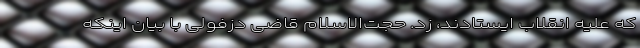
که علیه انقلاب ایستادند، زد. حجت‌الاسلام قاضی دزفولی با بیان اینکه